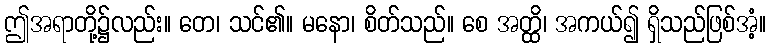
ဤအရာတို့၌လည်း။ တေ၊ သင်၏။ မနော၊ စိတ်သည်။ စေ အတ္ထိ၊ အကယ်၍ ရှိသည်ဖြစ်အံ့။